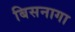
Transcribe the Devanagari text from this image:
बिसनागा